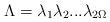
LaTeX: \begin{align*}\Lambda= \lambda_1 \lambda_2 ... \lambda_{2\Omega}\end{align*}